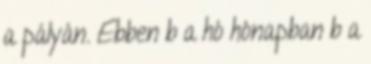
a pályán. Ebben b a hó hónapban b a